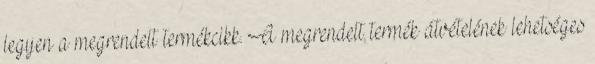
legyen a megrendelt termékcikk. A megrendelt termék átvételének lehetséges